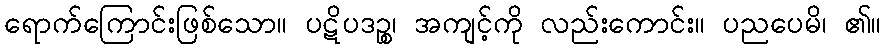
ရောက်ကြောင်းဖြစ်သော။ ပဋိပဒဉ္စ၊ အကျင့်ကို လည်းကောင်း။ ပညပေမိ၊ ၏။